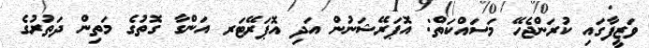
ވަޒީފާގައި ކުރަންޖެހޭ މަސައްކަތް: އޮޕަރޭޝަނުން އަދި އޮޕަރޭޓަރ އަންގާ ގޮތުގެ މަތިން ދަތުރުގެ